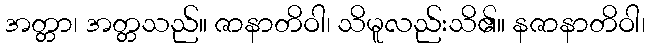
အတ္တာ၊ အတ္တသည်။ ဇာနာတိဝါ၊ သိမူလည်းသိ၏။ နဇာနာတိဝါ၊